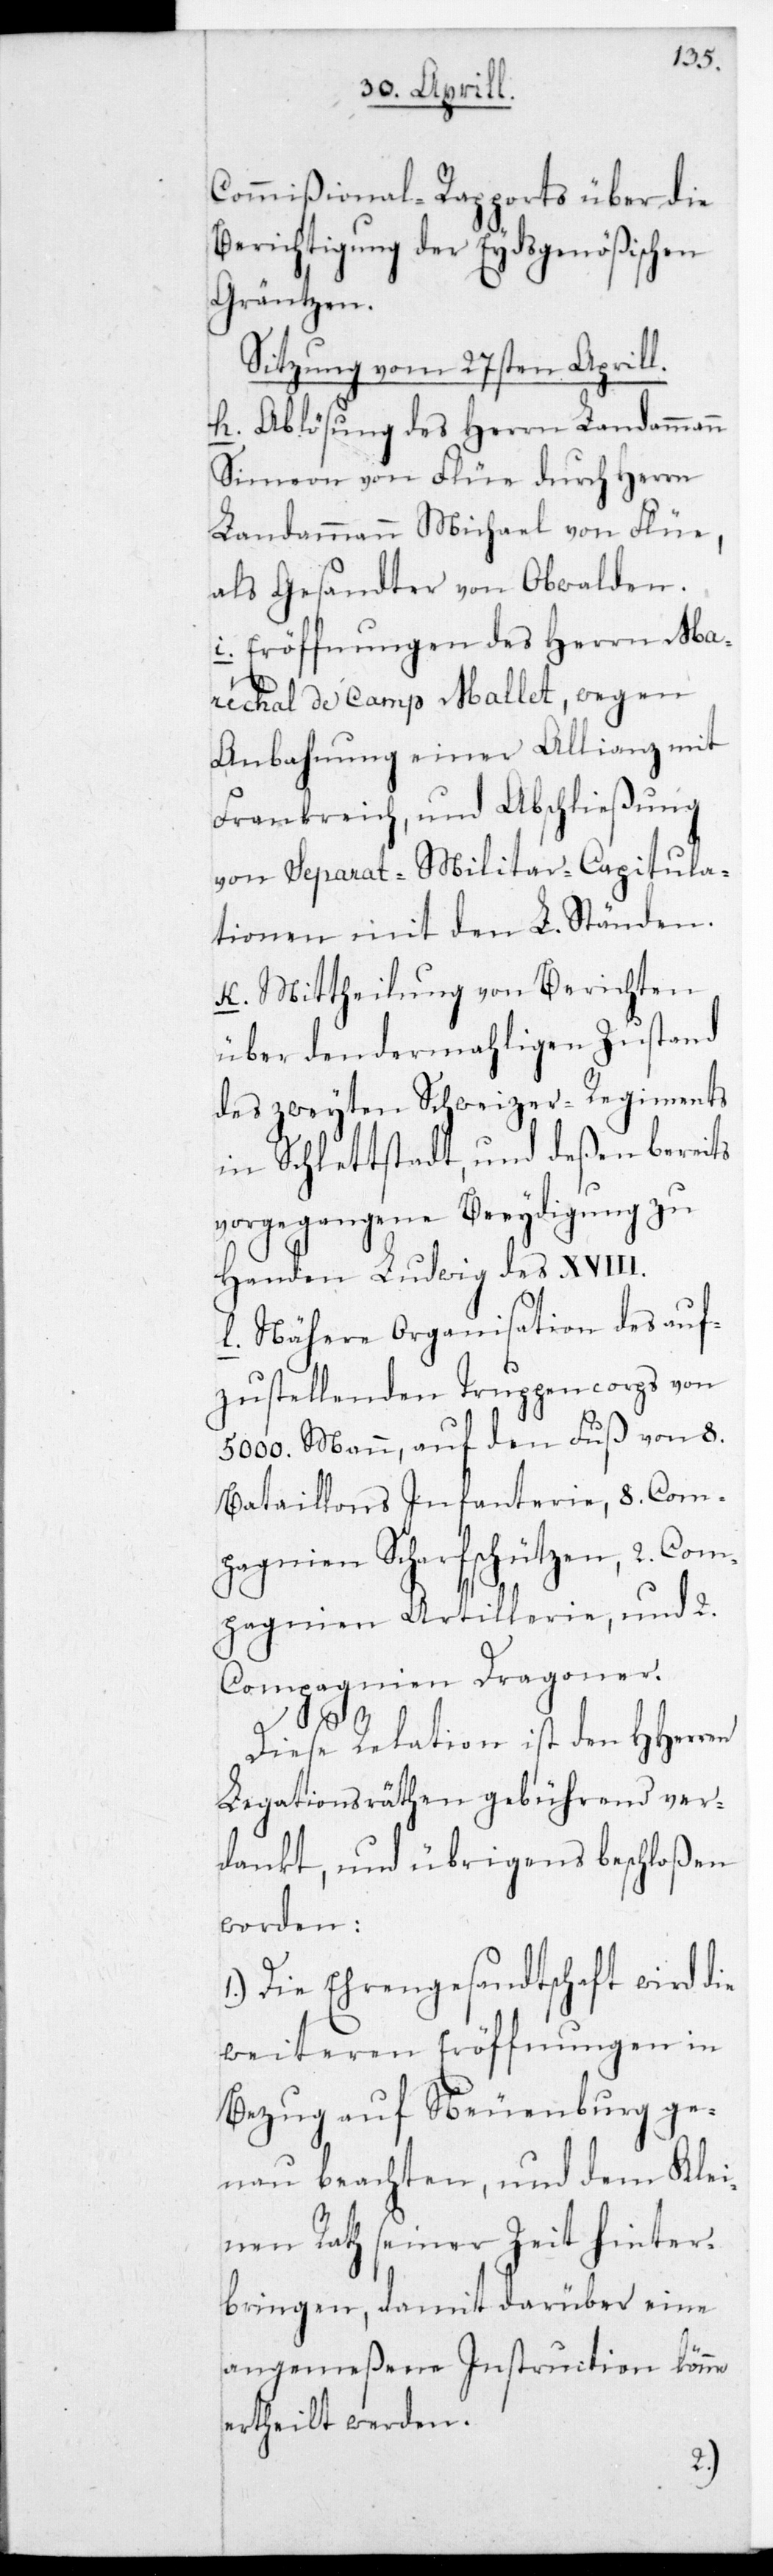
Commißional-Rapports über die
Berichtigung der Eydsgenößischen
Gräntzen.
Sitzung vom 27sten Aprill.
h. Ablösung des Herrn Landammann
Simeon von Flüe durch Herrn
Landammann Michael von Flüe,
als Gesandter von Obwalden.
i. Eröffnungen des Herrn Mar¬
échal de Camp Mallet, wegen
Anbahnung einer Allianz mit
Frankreich, und Abschließung
von Separat-Militar-Capitula¬
tionen mit den L. Ständen.
k. Mittheilung von Berichten
über den dermahligen Zustand
des zweyten Schweizer Regiments
in Schlettstadt, und deßen bereits
vorgegangene Beeidigung zu
Handen Ludwig des XVIII.
l. Nähere Organisation des auf¬
zustellenden Truppencorps von
5000. Mann, auf den Fuß von 8.
Bataillons Infanterie, 8. Com¬
pagnien Scharfschützen, 2. Com¬
pagnien Artillerie und 2.
Compagnien Dragoner.
Diese Relation ist den HHerren
Legationsräthen gebührend ver¬
dankt, und übrigens beschloßen
worden:
1.) Die Ehrengesandtschaft wird die
weiteren Eröffnungen in
Bezug auf Neuenburg ge¬
nau beachten, und dem Klei¬
nen Rath seiner Zeit hinter¬
bringen, damit darüber eine
angemeßene Instruction könne
ertheilt werden.